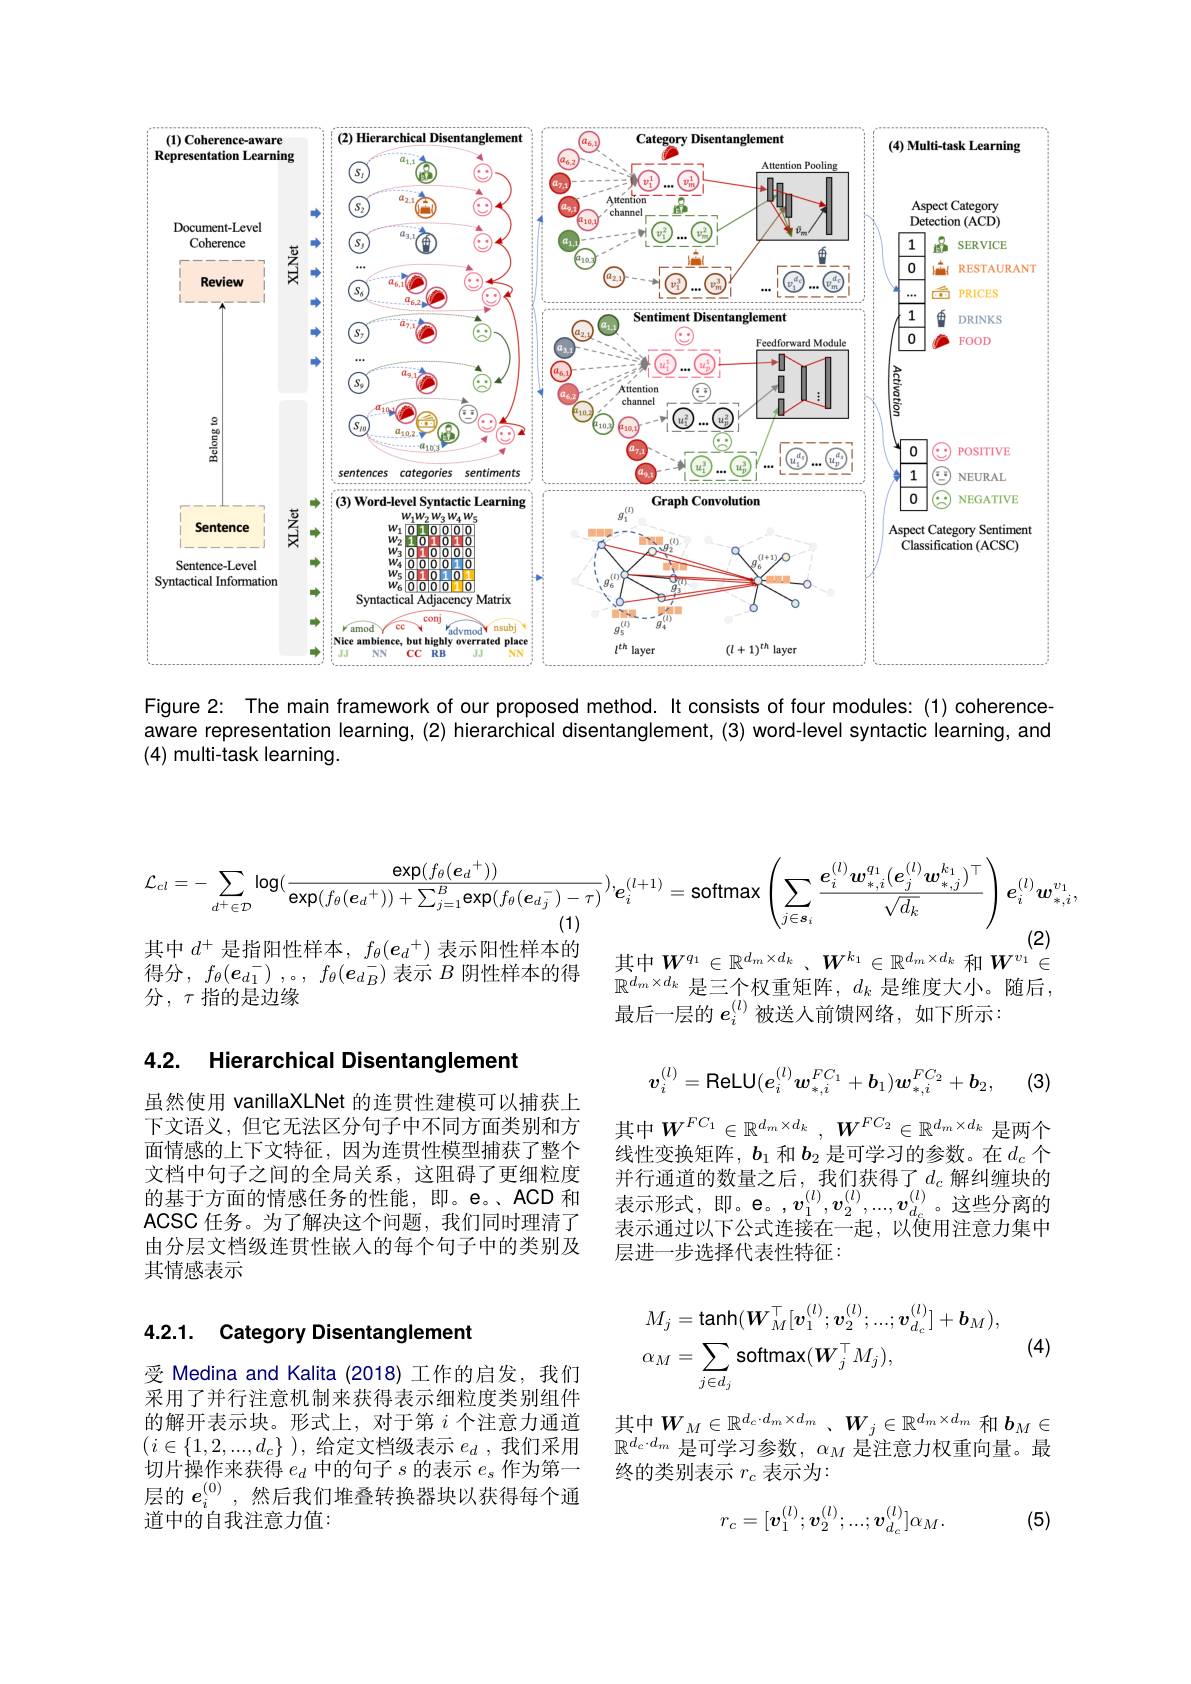
<FigureHere>

Figure 2: The main framework of our proposed method. It consists of four modules: (1) coherenceaware representation learning, (2) hierarchical disentanglement, (3) word-level syntactic learning, and (4) multi-task learning.

其中$d^+$是指阳性样本$,f_\theta(\boldsymbol{e}_d^+)$ 表示阳性样本的得分，$f_\theta(\boldsymbol{e}_d_1^-)\:,。,\:f_\theta(\boldsymbol{e}_d_B^-)$表示$B$阴性样本的得分 , $\tau$指的是边缘

### 4.2. Hierarchical Disentanglement

虽然使用 vanillaXLNet 的连贯性建模可以捕获上下文语义，但它无法区分句子中不同方面类别和方面情感的上下文特征，因为连贯性模型捕获了整个文档中句子之间的全局关系，这阻碍了更细粒度的基于方面的情感任务的性能，即。e。、ACD 和ACSC 任务。为了解决这个问题，我们同时理清了由分层文档级连贯性嵌入的每个句子中的类别及其情感表示

## 4.2.1. Category Disentanglement

受 Medina and Kalita (2018) 工作的启发，我们采用了并行注意机制来获得表示细粒度类别组件的解开表示块。形式上，对于第$i$个注意力通道$( i\in \{ 1, 2, . . . , d_{c}\}$ ),给定文档级表示$e_d$ ,我们采用切片操作来获得$e_d$中的句子$s$的表示$e_s$作为第一层的$e_i^{(0)}$ ,然后我们堆叠转换器块以获得每个通道中的自我注意力值：
$$\mathcal{L}_{cl}=-\sum_{d^{+}\in\mathcal{D}}\log(\frac{\exp(f_{\theta}(\boldsymbol{e}_{d}^{+}))}{\exp(f_{\theta}(\boldsymbol{e}_{d}^{+}))+\sum_{j=1}^{B}\exp(f_{\theta}(\boldsymbol{e}_{d}^{-})-\tau)})\dot{\boldsymbol{e}}_{i}^{(l+1)}=\text{softmax}\left(\sum_{j\in\boldsymbol{s}_{i}}\frac{e_{i}^{(l)}\boldsymbol{w}_{*,i}^{q_{1}}(\boldsymbol{e}_{j}^{(l)}\boldsymbol{w}_{*,j}^{k_{1}})^{\top}}{\sqrt{d_{k}}}\right)\boldsymbol{e}_{i}^{(l)}\boldsymbol{w}_{*,i}^{v_{1}},$$
其中$W_1^q\in \mathbb{R} ^{d_m\times d_k}$ $、 W^{k_1}\in \mathbb{R} ^{d_m\times d_k}$ 和$W^{v_1}\in$

$\mathbb{R}^{d_m\times d_k}$是三个权重矩阵，$d_k$是维度大小。随后，
最后一层的$e_i^{(l)}$被送入前馈网络，如下所示：
$$v_i^{(l)}=\mathsf{ReLU}(e_i^{(l)}w_{*,i}^{FC_1}+b_1)w_{*,i}^{FC_2}+b_2,$$
(3)
$${\boldsymbol{W}}^{FC_{1}}\in\mathbb{R}^{d_{m}\times d_{k}}\:,\:{\boldsymbol{W}}^{FC_{2}}\in\mathbb{R}^{d_{m}\times d_{k}}\:,$$
线性变换矩阵，$b_1$和$b_2$是可学习的参数。在$d_c$个并行通道的数量之后，我们获得了$d_c$ 解纠缠块的表示形式，即。e。,$v_1^{(l)},v_2^{(l)},...,v_{d_c}^{(l)}$。这些分离的表示通过以下公式连接在一起，以使用注意力集中层进一步选择代表性特征：
$$\begin{aligned}&M_{j}=\mathrm{tanh}(\boldsymbol{W}_{M}^{\top}[\boldsymbol{v}_{1}^{(l)};\boldsymbol{v}_{2}^{(l)};...;\boldsymbol{v}_{d_{c}}^{(l)}]+\boldsymbol{b}_{M}),\\&\alpha_{M}=\sum_{j\in d_{j}}\mathsf{softmax}(W_{j}^{\top}M_{j}),\end{aligned}$$
(4)

其中$W_M\in \mathbb{R} ^{d_c\cdot d_m\times d_m}$ , $W_j\in \mathbb{R} ^{d_m\times d_m}$和$\boldsymbol b_M\in$ $\mathbb{R}^{d_c\cdot d_m}$是可学习参数，$\alpha_M$是注意力权重向量。最终的类别表示$r_c$表示为：
$$r_{c}=[\boldsymbol{v}_{1}^{(l)};\boldsymbol{v}_{2}^{(l)};...;\boldsymbol{v}_{d_{c}}^{(l)}]\alpha_{M}.$$
(5)